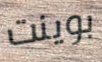
بوينت